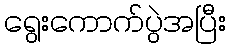
ရွေးကောက်ပွဲအပြီး